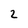
Character: 2